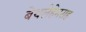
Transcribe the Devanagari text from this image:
बेथलेहेमसह